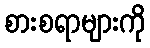
စားစရာများကို